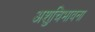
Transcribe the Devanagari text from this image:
अशुचिभावना